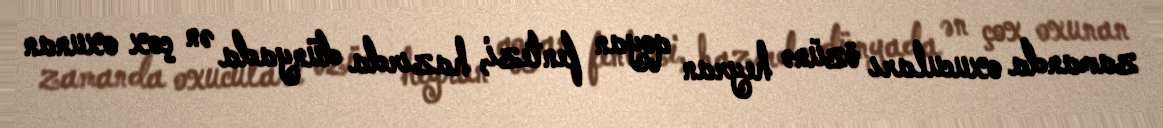
zamanda oxucuları özünə heyran qoyan fentezi, hazırda dünyada ən çox oxunan